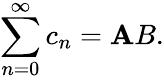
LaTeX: \sum_{n=0}^{\infty}c_{n}=\mathbf{A}B.